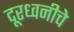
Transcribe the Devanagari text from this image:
दूरध्वनीचे